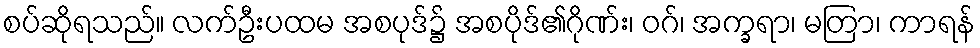
စပ်ဆိုရသည်။ လက်ဦးပထမ အစပုဒ်၌ အစပိုဒ်၏ဂိုဏ်း၊ ဝဂ်၊ အက္ခရာ၊ မတြာ၊ ကာရန်